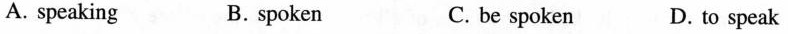
A.speaking B.spoken C.be spoken D.to speak